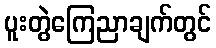
ပူးတွဲကြေညာချက်တွင်